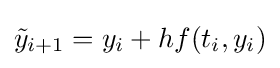
{\tilde {y}}_{i+1}=y_{i}+hf(t_{i},y_{i})